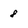
Character: 8